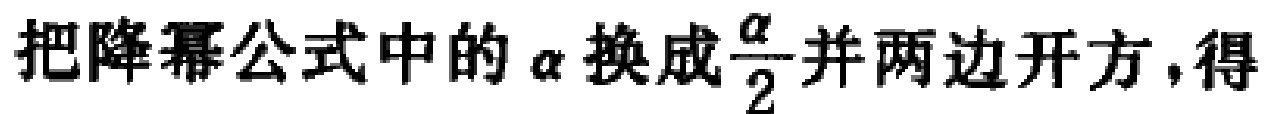
把降幂公式中的\(\alpha\)换成\(\frac{\alpha}{2}\)并两边开方，得